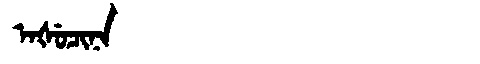
Manchu: ᠠᡧᡠᠴᡳᠨᠠ
Romanization: AŠUCINA